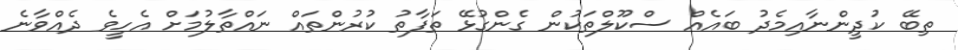
ތިބޭ ކުދީންނާއިމެދު ބައެއް ސްކޫލްތަކުން ގެންގުޅޭ ތަފާތު ކުރުންތައް ނައްތާލުމަށް އެހީވެ ދެއްވާނެ